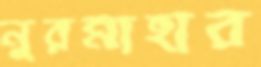
নুরন্নাহার